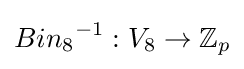
{Bin_{8}}^{-1}:V_{8}\rightarrow \mathbb {Z} _{p}